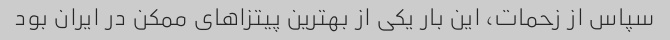
سپاس از زحمات، این بار یکی از بهترین پیتزاهای ممکن در ایران بود